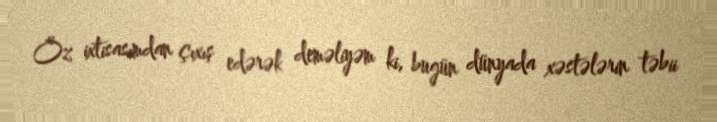
Öz ixtisasımdan çıxış edərək deməliyəm ki, bugün dünyada xəstələrin təbii